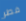
فطر